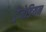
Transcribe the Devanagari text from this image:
ट्रेजेडियन